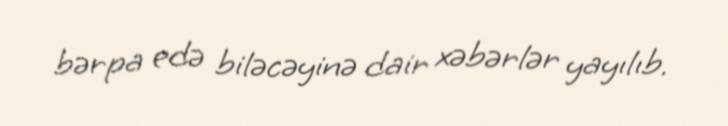
bərpa edə biləcəyinə dair xəbərlər yayılıb.